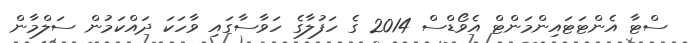
ސްޓާ އެންޓަޓައިންމަންޓް އެވޯޑްސް 2014 ގެ ހަފުލާގެ ހަވާސާގައި ވާހަކަ ދައްކަމުން ސަލްމާން